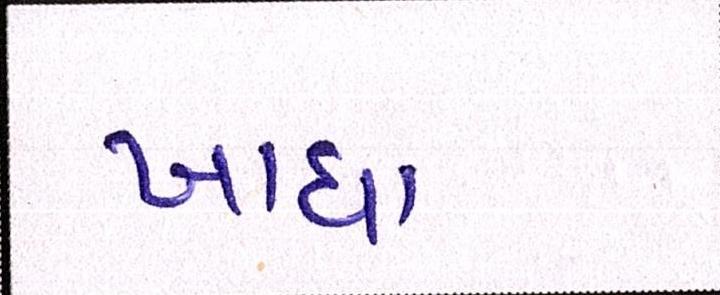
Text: ખાધા